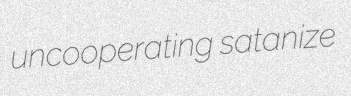
uncooperating satanize